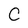
Character: C